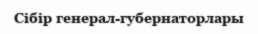
Сібір генерал-губернаторлары